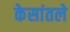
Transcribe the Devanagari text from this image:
केसांतले